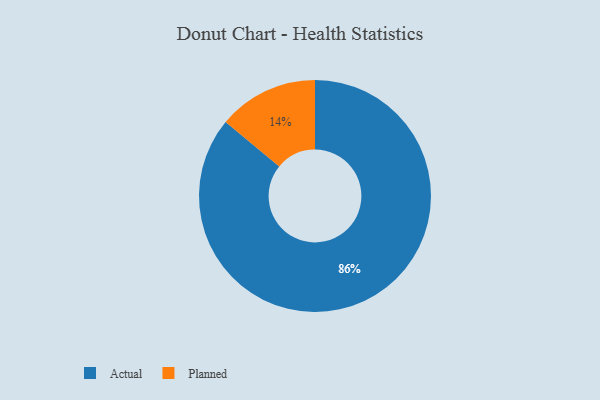
{"axis": {"x": "Category", "y": "Percentage"}, "legend": ["Actual", "Planned"], "data": [{"x": "Planned", "y": 14, "type": "Planned"}, {"x": "Actual", "y": 86, "type": "Actual"}]}